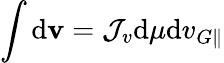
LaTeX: \int\mathrm{d}\mathbf{{v}}=\mathcal{{J}}_{v}\mathrm{d}\mu\mathrm{d}v_{G\parallel}